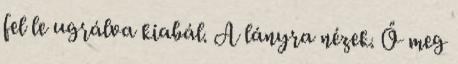
fel le ugrálva kiabál. A lányra nézek. Ő meg